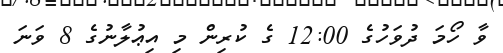
ވާ ހޯމަ ދުވަހުގެ 12:00 ގެ ކުރިން މި އިޢުލާނުގެ 8 ވަނަ